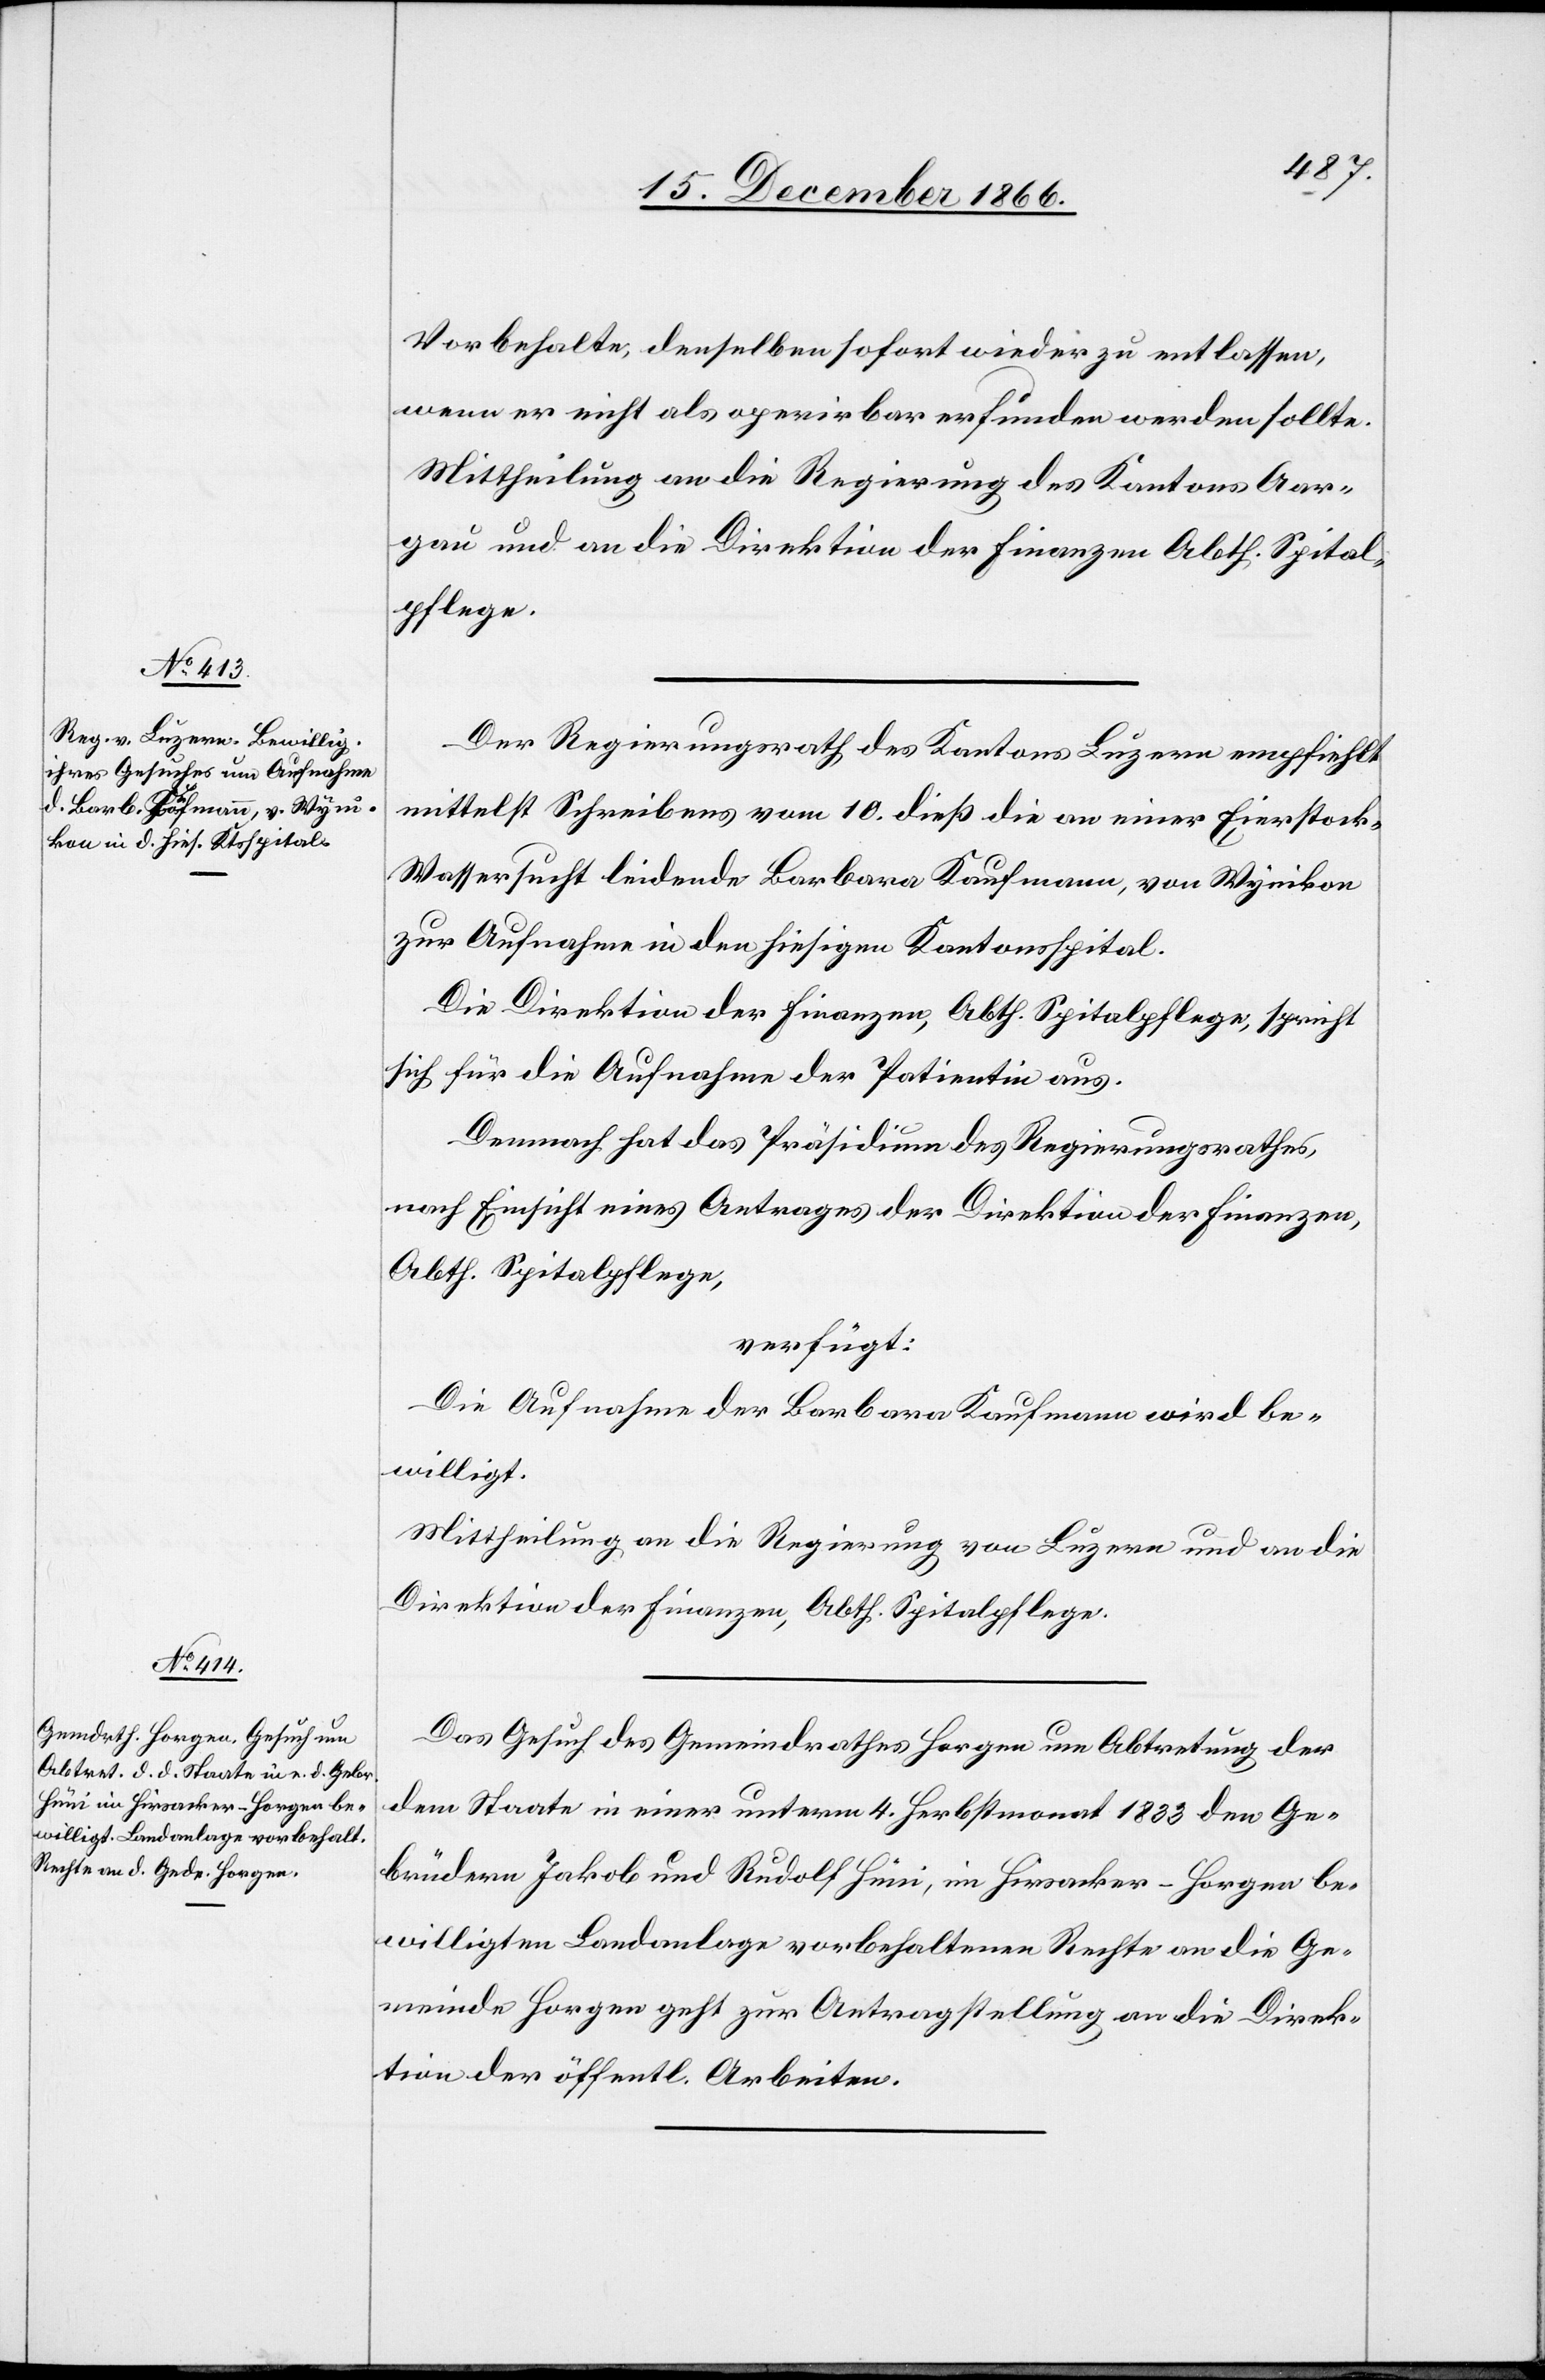
15. December 1866.]
Vorbehalte, denselben sofort wieder zu entlassen,
wenn er nicht als operirbar erfunden werden sollte.
Mittheilung an die Regierung des Kantons Aar¬
gau und an die Direktion der Finanzen Abth. Spital¬
pflege.
Der Regierungsrath des Kantons Luzern empfiehlt
mittelst Schreibens vom 10. dieß die an einer Eierstock-W¬
assersucht leidende Barbara Kaufmann, von Wynikon
zur Aufnahme in den hiesigen Kantonsspital.
Die Direktion der Finanzen, Abth. Spitalpflege, spricht
sich für die Aufnahme der Patientin aus.
Demnach hat das Präsidium des Regierungsrathes,
nach Einsicht eines Antrages der Direktion der Finanzen,
Abth. Spitalpflege,
verfügt:
Die Aufnahme der Barbara Kaufmann wird be¬
willigt.
Mittheilung an die Regierung von Luzern und an die
Direktion der Finanzen, Abth. Spitalpflege.
Das Gesuch des Gemeindrathes Horgen um Abtretung der
dem Staate in einer unterm 4. Herbstmonat 1833 den Ge¬
brüdern Jakob und Rudolf Hüni, im Hirsacker-Horgen be¬
willigten Landanlage vorbehaltenen Rechte an die Ge¬
meinde Horgen geht zur Antragstellung an die Direk¬
tion der öffentl. Arbeiten.